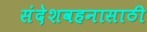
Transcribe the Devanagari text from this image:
संदेशवहनासाठी